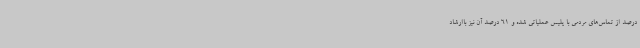
درصد از تماس‌های مردمی با پلیس عملیاتی شده و 61 درصد آن نیز باارشاد